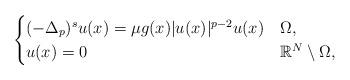
LaTeX: \begin{align*} \begin{cases} (-\Delta_p)^s u(x)=\mu g(x)|u(x)|^{p-2}u(x) & \Omega,\\ u(x)=0 & \mathbb{R}^N\setminus\Omega,\\ \end{cases} \end{align*}